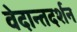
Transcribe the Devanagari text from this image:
वेदान्तदर्शन